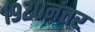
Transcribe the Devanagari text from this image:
१९२०नंतर